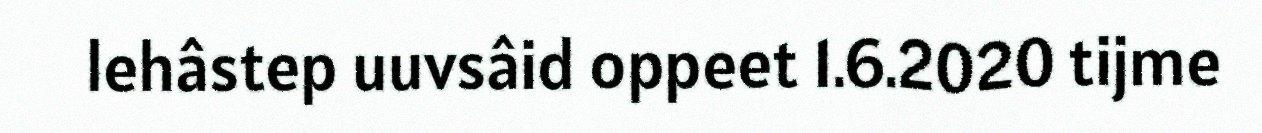
lehâstep uuvsâid oppeet 1.6.2020 tijme